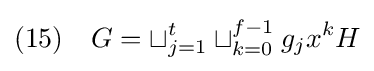
(15)\quad G=\sqcup _{j=1}^{t}\sqcup _{k=0}^{f-1}g_{j}x^{k}H